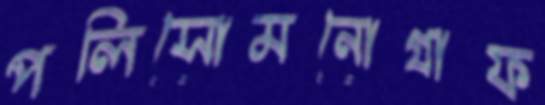
পলিসোমনোগ্রাফ